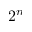
2 ^ { n }